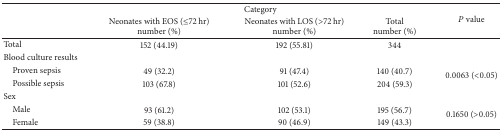
<table><thead><tr><td><b> </b></td><td colspan="3"><b>Category</b></td><td rowspan="2"><b><i>P</i> value</b></td></tr><tr><td><b> </b></td><td><b>Neonates with EOS (≤72 hr) number (%)</b></td><td><b>Neonates with LOS (&gt;72 hr) number (%)</b></td><td><b>Total number (%)</b></td></tr></thead><tbody><tr><td>Total</td><td>152 (44.19)</td><td>192 (55.81)</td><td>344</td><td> </td></tr><tr><td>Blood culture results</td><td> </td><td> </td><td> </td><td> </td></tr><tr><td> Proven sepsis</td><td>49 (32.2)</td><td>91 (47.4)</td><td>140 (40.7)</td><td rowspan="2">0.0063 (&lt;0.05)</td></tr><tr><td> Possible sepsis</td><td>103 (67.8)</td><td>101 (52.6)</td><td>204 (59.3)</td></tr><tr><td>Sex</td><td> </td><td> </td><td> </td><td> </td></tr><tr><td> Male</td><td>93 (61.2)</td><td>102 (53.1)</td><td>195 (56.7)</td><td rowspan="2">0.1650 (&gt;0.05)</td></tr><tr><td> Female</td><td>59 (38.8)</td><td>90 (46.9)</td><td>149 (43.3)</td></tr></tbody></table>